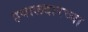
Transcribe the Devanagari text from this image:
हवालदारच्या